Scientific memoirs by medical officers of the Army of India - Part V,
Year: 1890
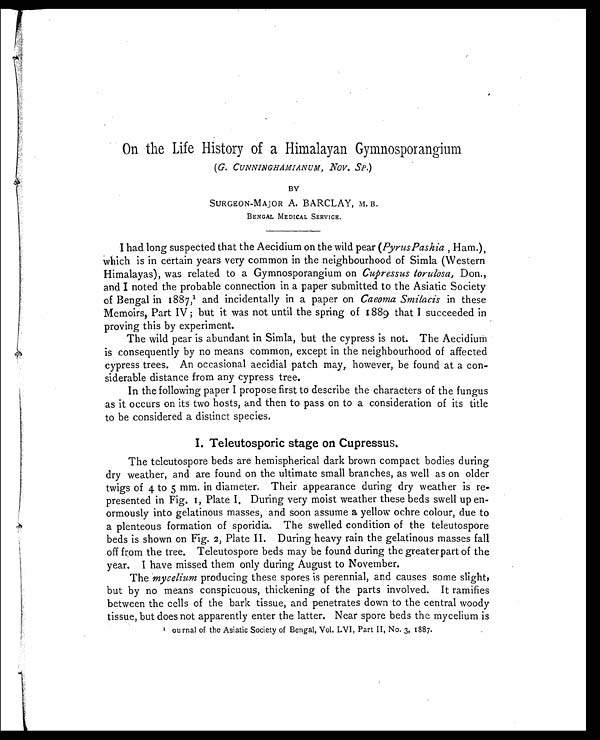
On the Life History of a Himalayan Gymnosporangium
( G. CUNNINGHAMIANUM, NOV. SP. )
BY
SURGEON-MAJOR A. BARCLAY, M. B.
BENGAL MEDICAL SERVICE.
I had long suspected that the Aecidium on the wild pear ( PyrusPashia, Ham.),
which is in certain years very common in the neighbourhood of Simla (Western
Himalayas), was related to a Gymnosporangium on Cupressus torulosa, Don.,
and I noted the probable connection in a paper submitted to the Asiatic Society
of Bengal in 1887,1 and incidentally in a paper on Caeoma Smilacis in these
Memoirs, Part IV; but it was not until the spring of 1889 that I succeeded in
proving this by experiment.
The wild pear is abundant in Simla, but the cypress is not. The Aecidium
is consequently by no means common, except in the neighbourhood of affected
cypress trees. An occasional aecidial patch may, however, be found at a con
-siderable distance from any cypress tree.
In the following paper I propose first to describe the characters of the fungus
as it occurs on its two hosts, and then to pass on to a consideration of its title
to be considered a distinct species.
I. Teleutosporic stage on Cupressus.
The teleutospore beds are hemispherical dark brown compact bodies during
dry weather, and are found on the ultimate small branches, as well as on older
twigs of 4 to 5 mm. in diameter. Their appearance during dry weather is re
-presented in Fig. 1, Plate I. During very moist weather these beds swell up en
-ormously into gelatinous masses, and soon assume a yellow ochre colour, due to
a plenteous formation of sporidia. The swelled condition of the teleutospore
beds is shown on Fig. 2, Plate II. During heavy rain the gelatinous masses fall
off from the tree. Teleutospore beds may be found during the greater part of the
year. I have missed them only during August to November.
The mycelium producing these spores is perennial, and causes some slight,
but by no means conspicuous, thickening of the parts involved. It ramifies
between the cells of the bark tissue, and penetrates down to the central woody
tissue, but does not apparently enter the latter. Near spore beds the mycelium is
1
ournal of the Asiatic Society of Bengal, Vol. LVI, Part II, No. 3, 1887.